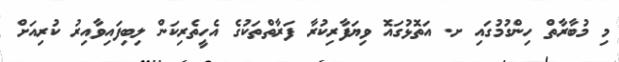
މި މުބާރާތް ހިންގުމުގައި ށ. އަތޮޅުގައޮ ވިޔަފާރިކުރާ ފަރާތްތަކުގެ އެހީތެރިކަން ލިބިފައިވާއިރު ކުރިއަށް